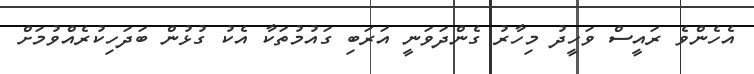
އެހެންވެ ރައީސް ވަހީދު މިހާރު ގެންދަވަނީ އަރަބި ގައުމުތަކާ އެކު ގުޅުން ބަދަހިކުރެއްވުމަށް